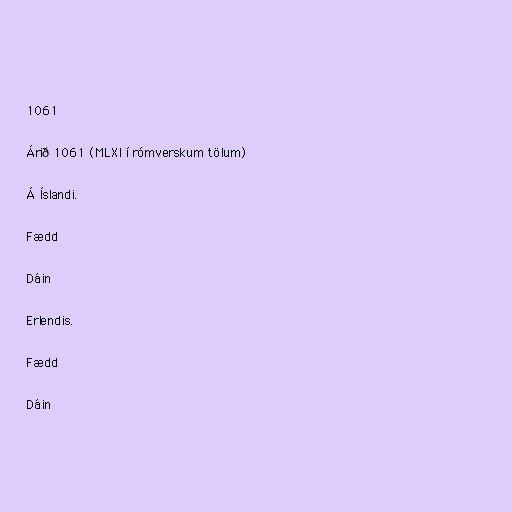
1061

Árið 1061 (MLXI í rómverskum tölum)

Á Íslandi.

Fædd

Dáin

Erlendis.

Fædd

Dáin